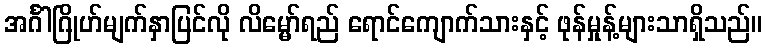
အင်္ဂါဂြိုဟ်မျက်နှာပြင်လို လိမ္မော်ရည် ရောင်ကျောက်သားနှင့် ဖုန်မှုန့်များသာရှိသည်။